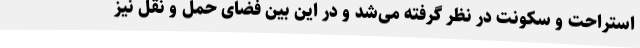
استراحت و سکونت در نظر گرفته می‌شد و در این بین فضای حمل و نقل نیز